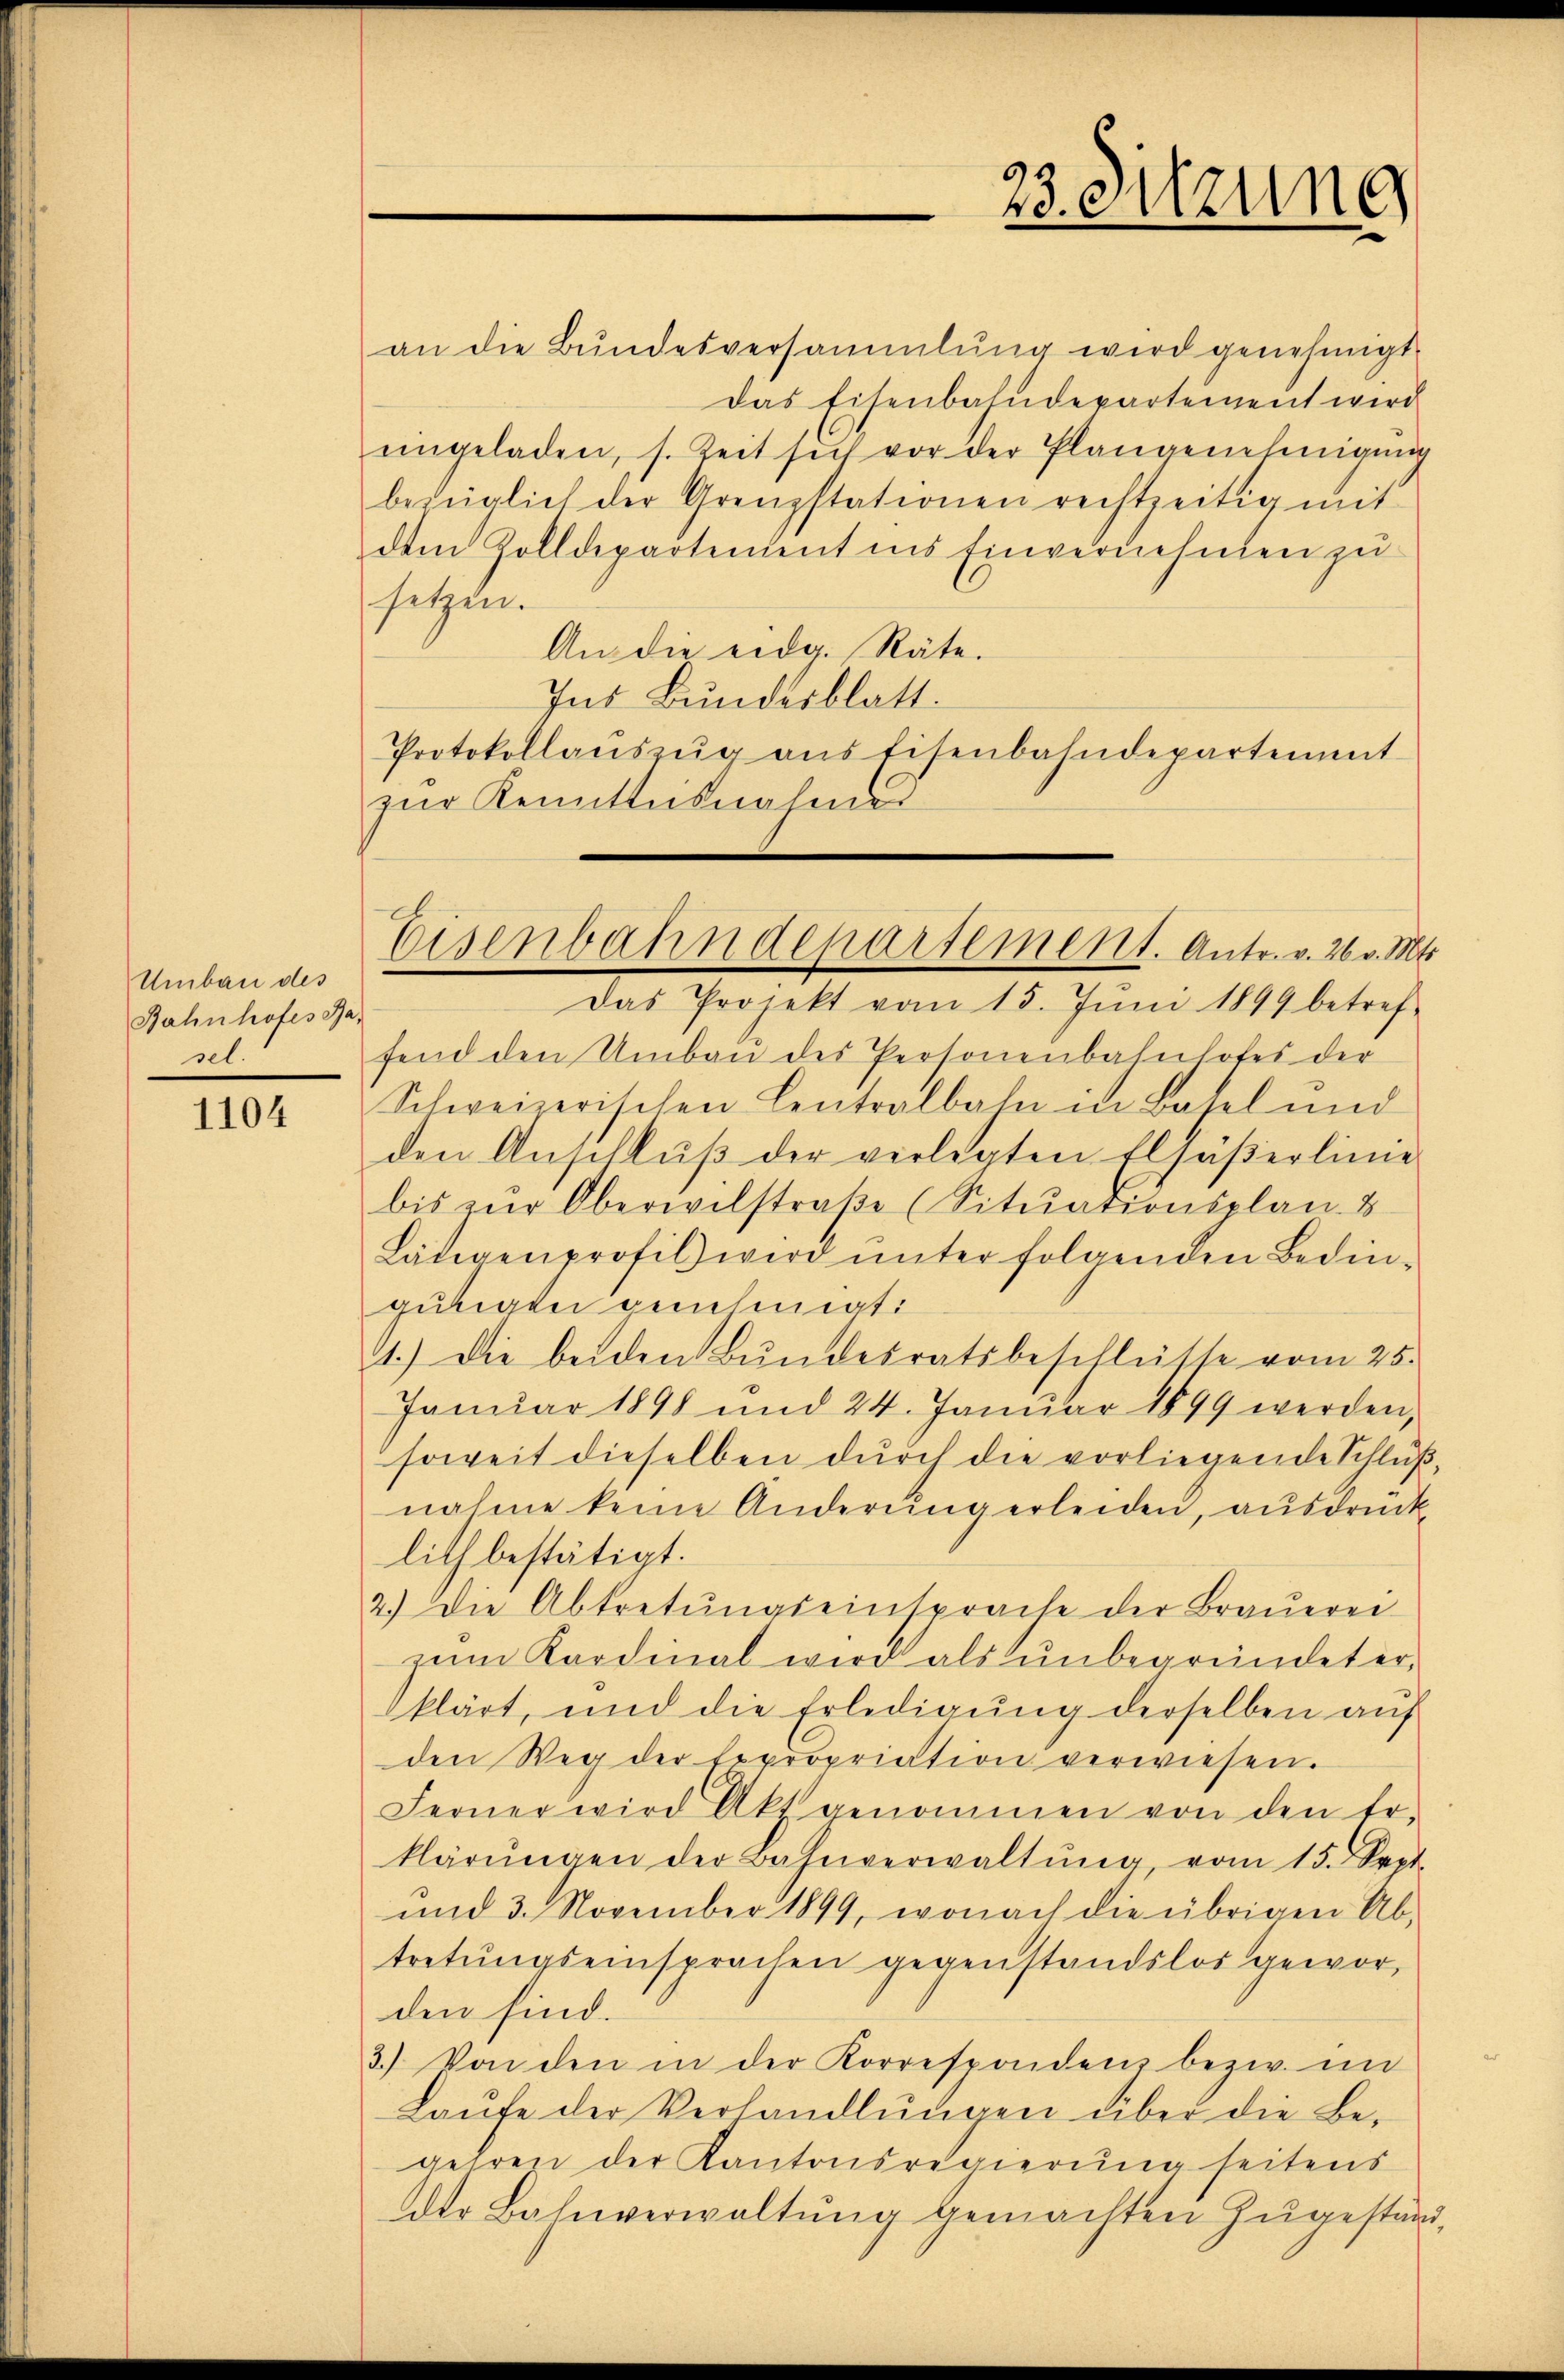
Umbau des
Bahnhofes Ba-
sel.

1104

an die Bundesversammlung wird genehmigt.
das Eisenbahndepartement wird
angeladen, s. Zeit sich vor der Plangenehmigŭng
bezüglich der Grenzstationen rechtzeitig mit
dem Zolldepartendent ins Einvernehmen zu
setzen.
An die eidg. Räte.
Ins Bundesblatt.
Protokollaŭszŭg ans Eisenbahndepartement
zur Kenntnisnahme

Eisenbahndepartement. Antr. v. 26. v. Mts.

23. Sitzung

Das Projekt vom 15. Jŭni 1899 betref-
fend den Umbau des Personenbahnhofes der
Schweizerischen Centralbahn in Basel und
den Anschlŭβ der verlegten Eljäßerlinie
bis zur Oberwilstraße (Situationsplan. 8
Lätigenprofil wird unter folgenden Bedinaurigen geschmati
1.) Die beiden Bundesratsbeschlüsse vom 25.
Januar 1898 und 24. Janŭar 1899 werden,
soweit dieselben durch die vorliegende Schluß,
nahme keine Anderŭng erleiden, ausdruck
lith bestätigt.
2.) Die Abtretŭngseinsprache der Braŭerei
zum Kardinal wird als unbegründet erklärt, und die Erledigung derselben auf
den Weg der Expropriation verwiesen.
Ferner wird Akt genommen von den Er-
klärŭngen der Bahnverwaltŭng, vom 15. Sept.
und 3. November 1899, wonach die übrigen Ab-
tretungseinsprachen gegenstandslos geworden sind.
3.) Von den in der Korrespondenz bezw. in
Laŭfe der Verhandlŭngen über die Be-
gehren der Kantonsregierung seitens
Der Bahnverwaltung gemachten Zugestand,